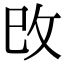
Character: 攺